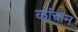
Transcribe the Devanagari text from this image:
कांचोन